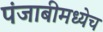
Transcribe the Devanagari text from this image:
पंजाबीमध्येच